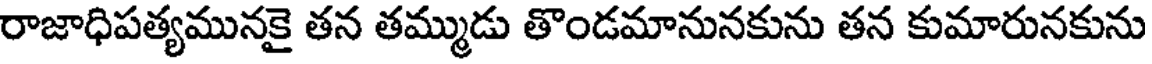
రాజాధిపత్యమునకై తన తమ్ముడు తొండమానునకును తన కుమారునకును